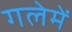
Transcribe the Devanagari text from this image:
गलेमें